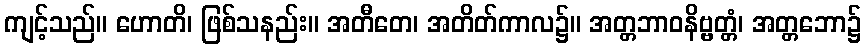
ကျင့်သည်။ ဟောတိ၊ ဖြစ်သနည်း။ အတီတေ၊ အတိတ်ကာလ၌။ အတ္တဘာဝနိဗ္ဗတ္တံ၊ အတ္တဘော၌